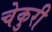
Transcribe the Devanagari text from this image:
चेकुरी